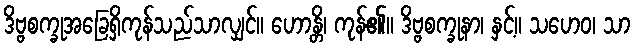
ဒိဗ္ဗစက္ခုအခြေရှိကုန်သည်သာလျှင်။ ဟောန္တိ၊ ကုန်၏။ ဒိဗ္ဗစက္ခုနာ၊ နှင့်။ သဟေဝ၊ သာ